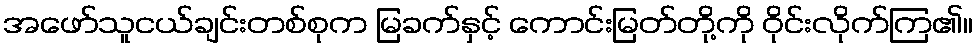
အဖော်သူငယ်ချင်းတစ်စုက မြခက်နှင့် ကောင်းမြတ်တို့ကို ဝိုင်းလိုက်ကြ၏။